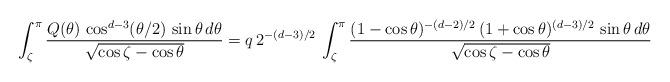
LaTeX: \begin{align*}\int_\zeta^\pi \frac {Q(\theta) \, \cos^{d-3}(\theta/2)\, \sin\theta \, d\theta} {\sqrt{\cos\zeta - \cos\theta}} = q\, 2^{-(d-3)/2} \, \int_\zeta^\pi \frac {(1-\cos\theta)^{-(d-2)/2} \, (1+\cos\theta)^{(d-3)/2}\, \sin\theta \, d\theta} {\sqrt{\cos\zeta - \cos\theta}}\end{align*}